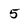
Character: 5